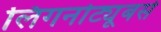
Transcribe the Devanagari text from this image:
लिगनोट्यूबर्स